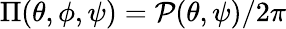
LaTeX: \Pi(\theta,\phi,\psi)=\mathcal{P}(\theta,\psi)/2\pi